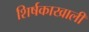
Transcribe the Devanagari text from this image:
शिर्षकाखाली